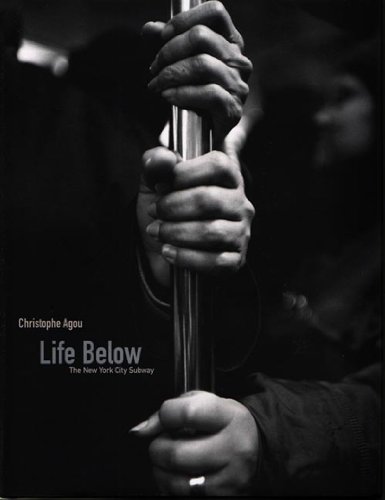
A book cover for Life Below: The New York City Subway; Christophe Agou; Travel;